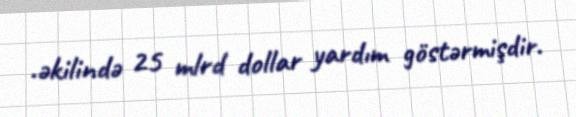
.əkilində 25 mlrd dollar yardım göstərmişdir.